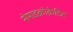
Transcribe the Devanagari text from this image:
सेमाइक्रोक्रेडिट